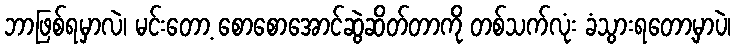
ဘာဖြစ်ရမှာလဲ၊ မင်းတော့ စောစောအောင်ဆွဲဆိတ်တာကို တစ်သက်လုံး ခံသွားရတော့မှာပဲ၊